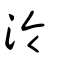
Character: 泠